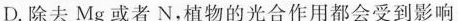
D.除去Mg或者N，植物的光合作用都会受到影响